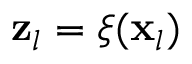
\mathbf { z } _ { l } = \xi ( \mathbf { x } _ { l } )